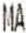
MAK